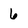
Character: 6